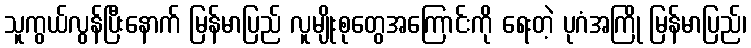
သူကွယ်လွန်ပြီးနောက် မြန်မာပြည် လူမျိုးစုတွေအကြောင်းကို ရေးတဲ့ ပုဂံအကြို မြန်မာပြည်၊